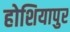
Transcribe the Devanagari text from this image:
होशियापुर